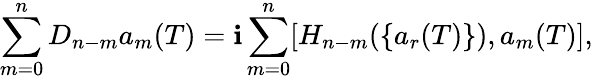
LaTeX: \sum_{m=0}^{n}D_{n-m}a_{m}(T)=\mathbf{i}\sum_{m=0}^{n}[H_{n-m}(\{ a_{r}(T)\} ),a_{m}(T)],